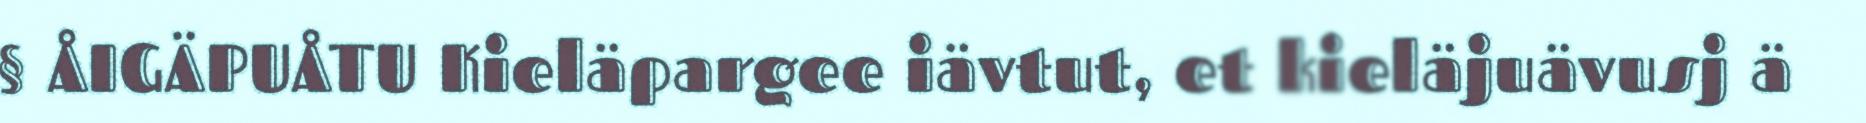
§ ÅIGÄPUÅTU Kieläpargee iävtut, et kieläjuävusj ä